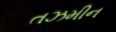
તઝમીન